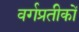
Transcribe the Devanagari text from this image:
वर्गप्रतीकों